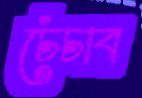
চেঁচাব